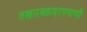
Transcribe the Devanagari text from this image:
तखारबहाद्दरपणाची